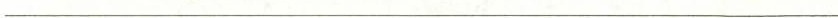
___